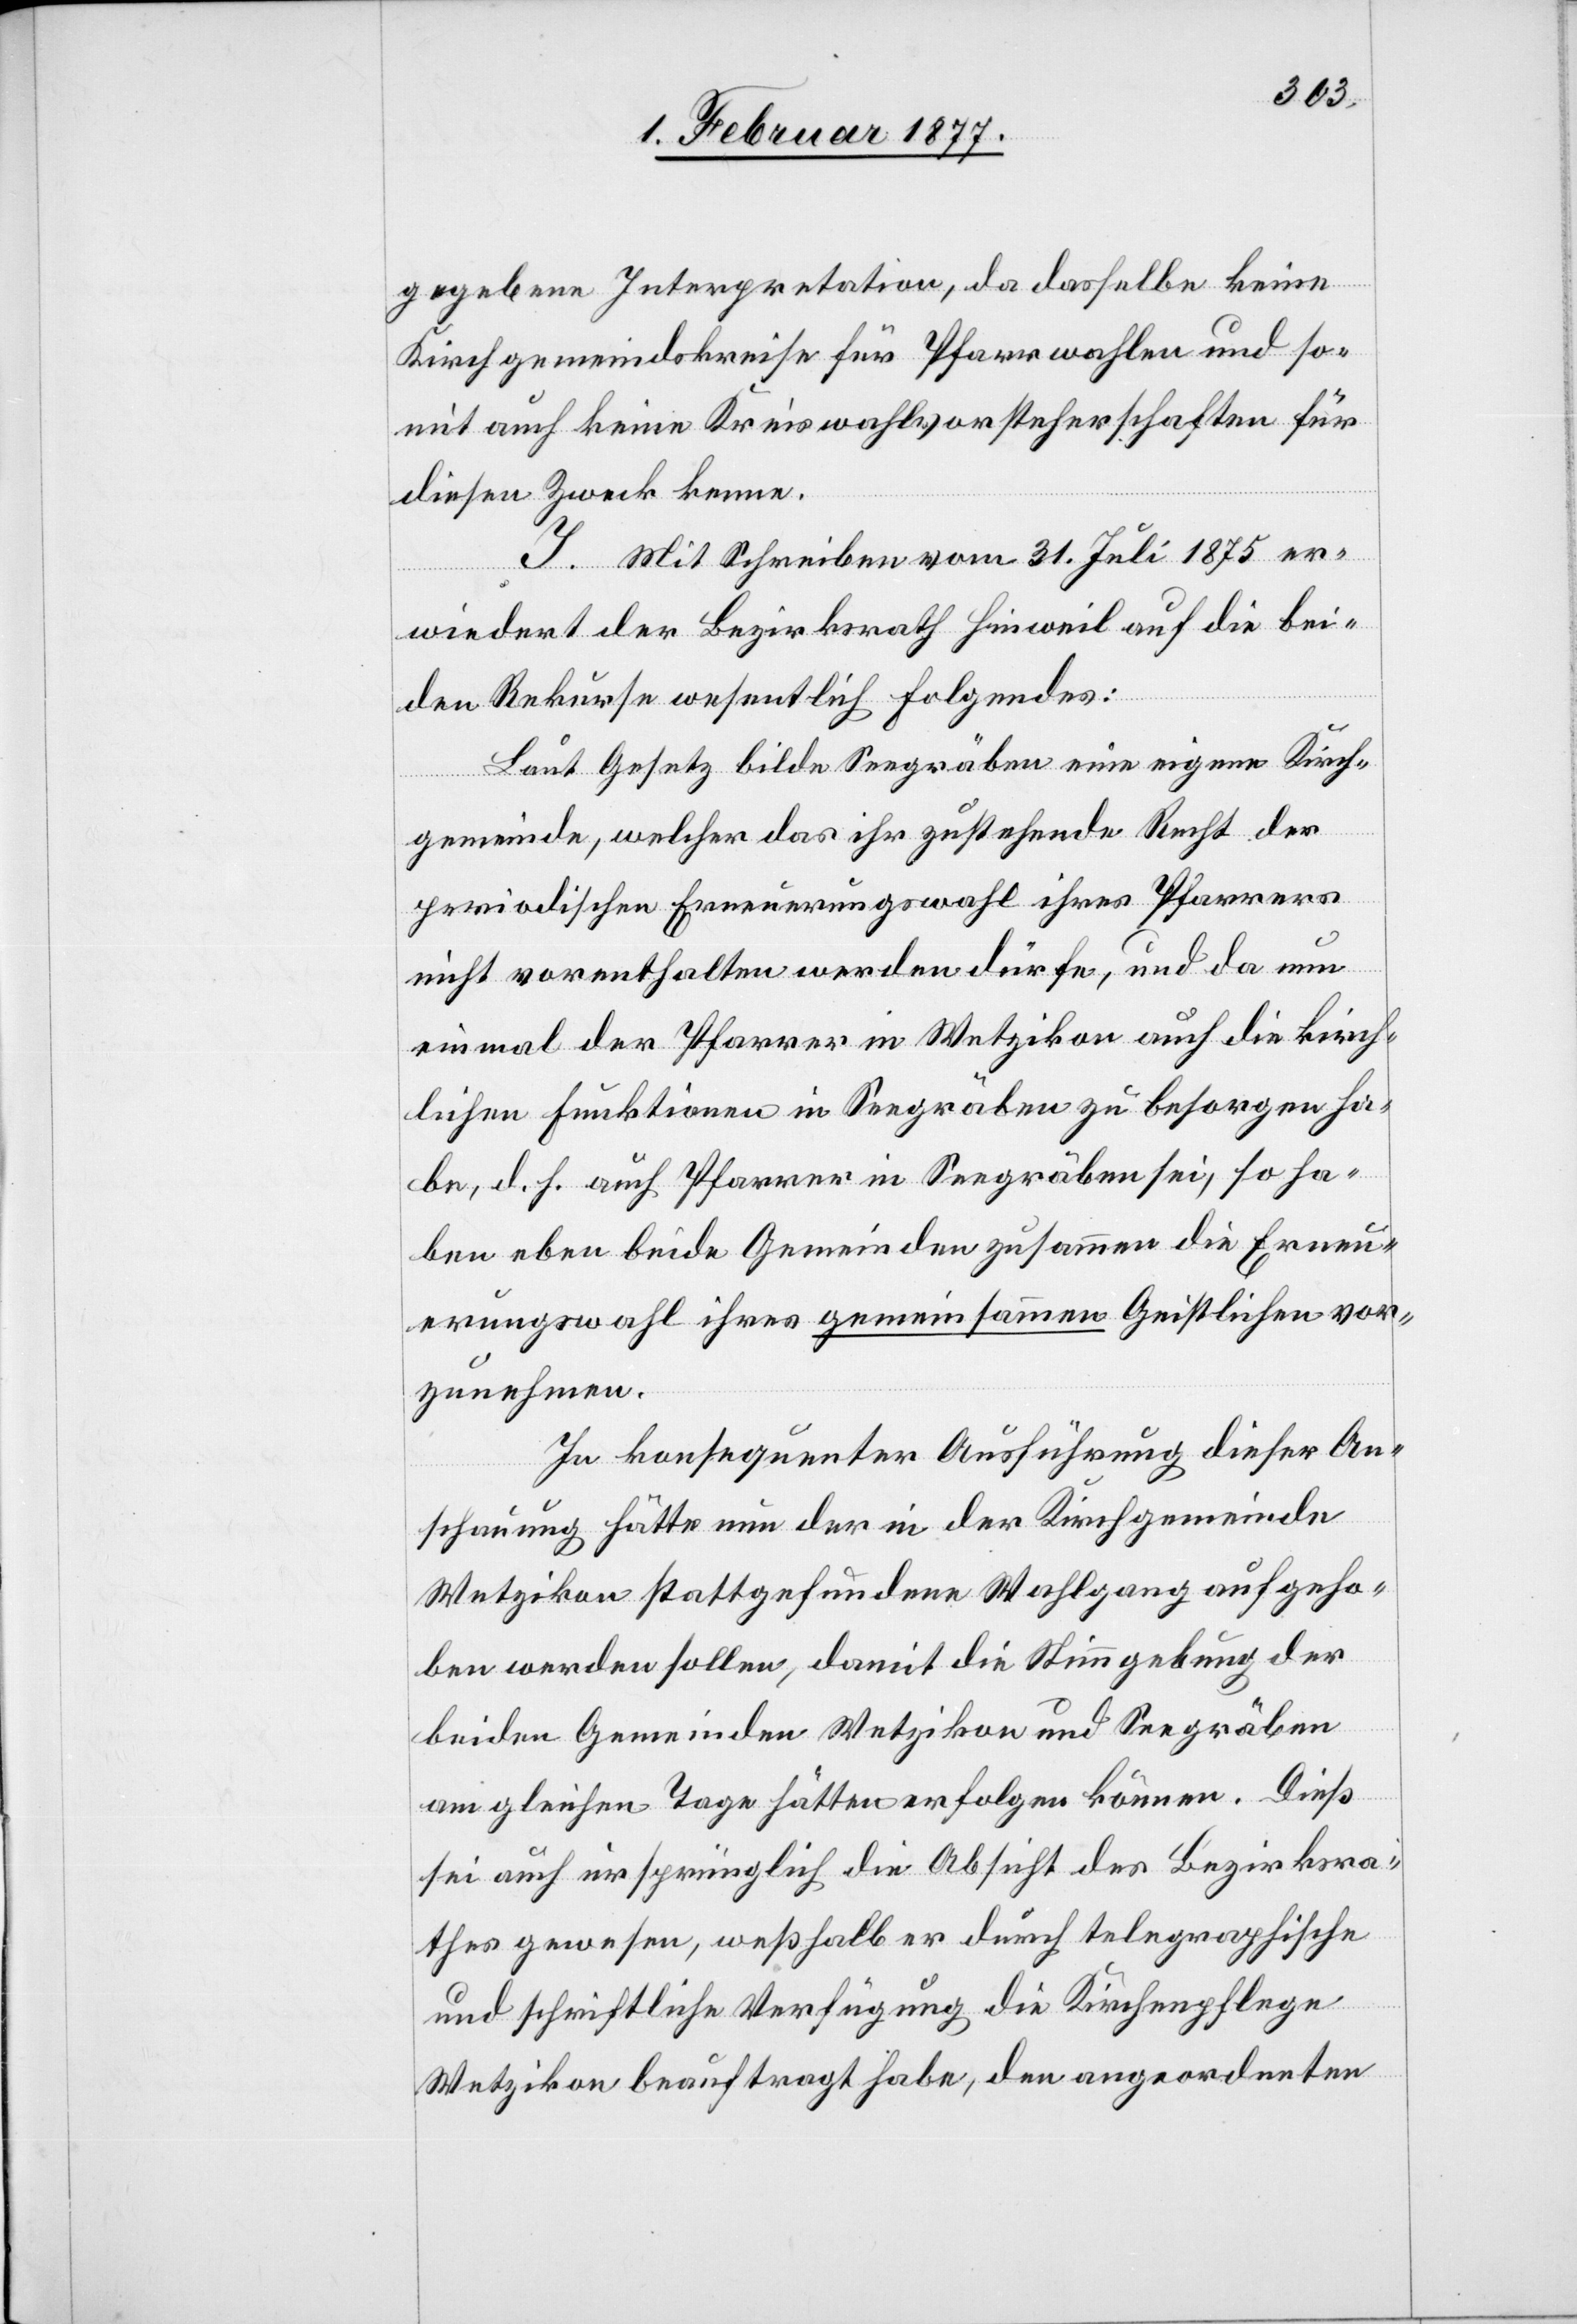
gegebene Interpretation, da dasselbe keine
Kirchgemeindskreise für Pfarrwahlen und so¬
mit auch keine Kreiswahlvorsteherschaften für
diesen Zweck kenne.
J. Mit Schreiben vom 31. Juli 1875 er¬
wiedert der Bezirksrath Hinweil auf die bei¬
Laut Gesetz bilde Seegräben eine eigene Kirch¬
Rekurse
gemeinde, welcher das ihr zustehende Recht der
periodischen Erneuerungswahl ihres Pfarrers
nicht vorenthalten werden dürfe, und da nun
einmal der Pfarrer in Wetzikon auch die kirch¬
lichen Funktionen in Seegräben zu besorgen ha¬
be, d. h. auch Pfarrer in Seegräben sei, so ha¬
ben eben beide Gemeinden zusammen die Erneu¬
erungswahl ihres gemeinsamen Geistlichen vor¬
zunehmen.
In konsequenter Ausführung dieser An¬
schauung hätte nun der in der Kirchgemeinde
Wetzikon stattgefundene Wahlgang aufgeho¬
ben werden sollen, damit die Stimmgebung der
beiden Gemeinden Wetzikon und Seegräben
am gleichen Tage hätten [sic!] erfolgen können. Dieß
sei auch ursprünglich die Absicht des Bezirksra¬
thes gewesen, weßhalb er durch telegraphische
und schriftliche Verfügung die Kirchenpflege
Wetzikon beauftragt habe, den angeordneten